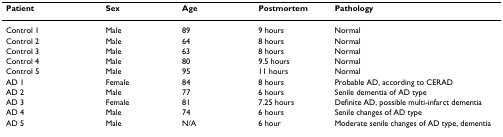
| Patient | Sex | Age | Postmortem | Pathology |
 | --- | --- | --- | --- | --- |
 | Control 1 | Male | 89 | 9 hours | Normal |
 | Control 2 | Male | 64 | 8 hours | Normal |
 | Control 3 | Male | 63 | 8 hours | Normal |
 | Control 4 | Male | 80 | 9.5 hours | Normal |
 | Control 5 | Male | 95 | 11 hours | Normal |
 | AD 1 | Female | 84 | 8 hours | Probable AD, according to CERAD |
 | AD 2 | Male | 77 | 6 hours | Senile dementia of AD type |
 | AD 3 | Female | 81 | 7.25 hours | Definite AD, possible multi-infarct dementia |
 | AD 4 | Male | 74 | 6 hours | Senile changes of AD type |
 | AD 5 | Male | N/A | 6 hour | Moderate senile changes of AD type, dementia |